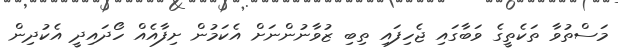
މަސްތުވާ ތަކެތީގެ ވަބާގައި ޖެހިފައި ތިބި ޒުވާނުންނަށް އެކަމުން ށިފާއެއް ހޯދައިދީ އެކުދިން